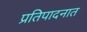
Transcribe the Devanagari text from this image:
प्रतिपादनात